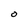
Character: O